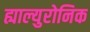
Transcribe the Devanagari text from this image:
ह्याल्युरोनिक